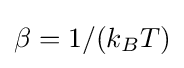
\beta =1/(k_{B}T)